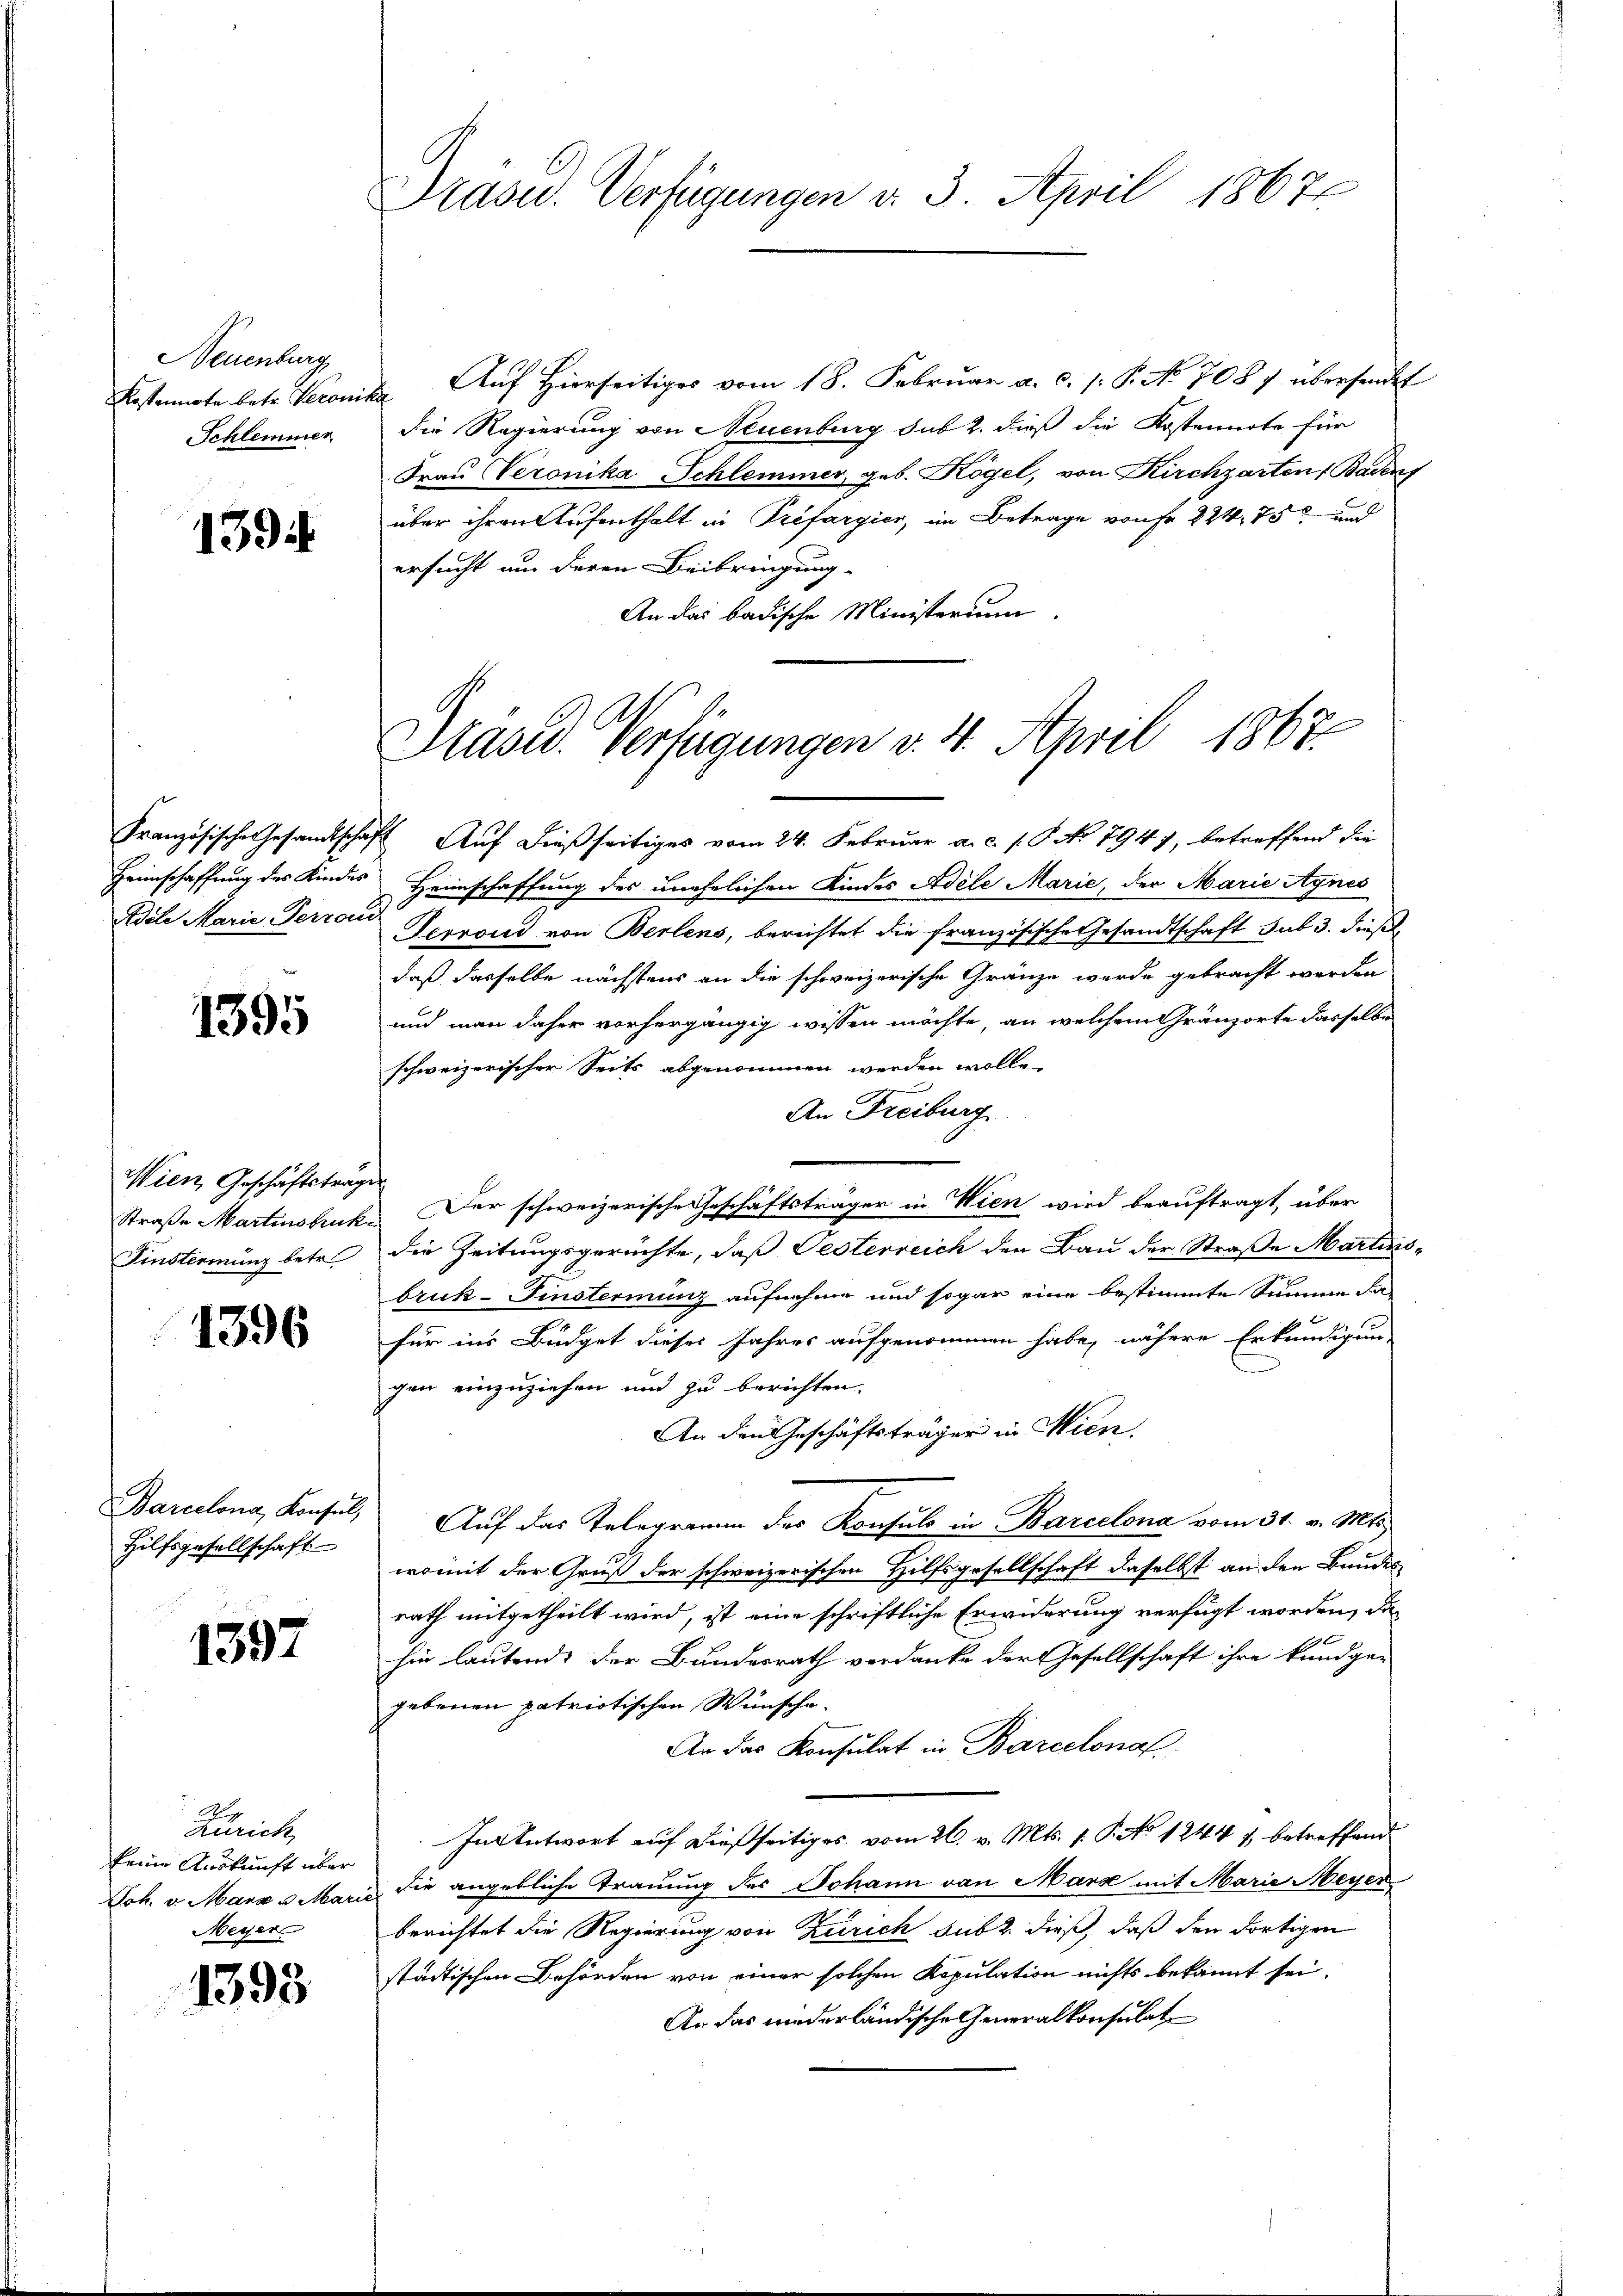
Neuenburg
Kostennote betr. Veron
Schlemmer

1394.

Adele Marie Perroi

1395

Wien, Geschäftstrag
Straße Martinstruk
Finsternung betr.

1396

Barcelona, Konsul,
Hilfsgesellschaft

1597

A.
Zürich
keine Auskunft über
Joh. v. Marz u. Marie
Meyer

1393

Präsid.. Verfügungen d. 3. April 1867

Präsid. Verfügungen v. 4. April 1867.

Auf Hierseitiges vom 18. Februar a. c. p. P. No 7087 übersendet
die Regierung von Neuenburg sub 2. dieß die Kostennote für
Frau Veronika Schlemmer, geb. Högel, von Kirchgarten Badens
über ihren Aufenthalt in Prefargier, im Betrage von Fr. 224. 75 und
ersucht und deren Beibringung
An das badische Ministerium.
Französische Gesandtschaft Auf dießseitiges vom 24. Februar a. c. s. S. No 7947, betreffend die
Heimschaffung des Kindes Heimschaffung des unehelichen Kindes Adele Marie, der Marie Agnes
Terron von Berlens, berichtet die französische Gesandtschaft sub 3. dieß
daß dasselbe nächstens an die schweizerische Gränze werde gebracht werden
und man daher vorhergängig wissen möchte, an welchem Granzorte dasselbe
schweizerischer Seits abgenommen werden wolle,
An Freiburg
e
f
 Der schweizerische Geschäftsträger in Wien wird beauftragt, über
die Zeitungsgerüchte, daß Pesterreich den Bau der Straße Martinsbruk-Finsteriung aufnehme und sogar eine bestimmte Summe da-
für ins Büdget dieses Jahres aufgenommen habe, nähere Erkundigung
gen einzuziehen und zu berichten,
An den Geschäftsträger in Wien.
Auf das Telegramm des Konsuls in Barcelona vom 31. v. Mts.
womit der Gruß der schweizerischen Hilfsgesellschaft daselbst an den Bundes
rath mitgetheilt wird, ist eine schriftliche Erwiderung verfügt worden, da
hin lautends der Bundesrath verdanke der Gesellschaft ihre kundge-
gebenen patriotischen Wünsche.
An das Konsulat in Barcelonal
In Antwort auf dießseitiges vom 26. v. Mts. 1. P. No 12441, betreffend
 die angebliche Trauung des Johann von Mara mit Marie Meyer
berichtet die Regierung von Zürich sub dieß, daß den dortigen
städtischen Behörden von einer solchen Kopulation nichts bekannt sei.
An das niederländische Generalkonsulat